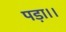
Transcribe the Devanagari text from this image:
पड़ा।।